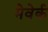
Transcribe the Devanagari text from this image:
मेवेर्क